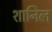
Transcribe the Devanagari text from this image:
शानिल